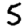
Digit: 5